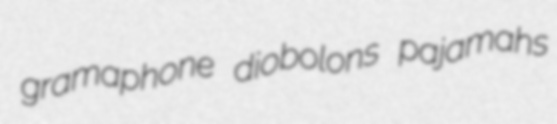
gramaphone diobolons pajamahs